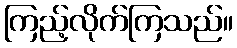
ကြည့်လိုက်ကြသည်။